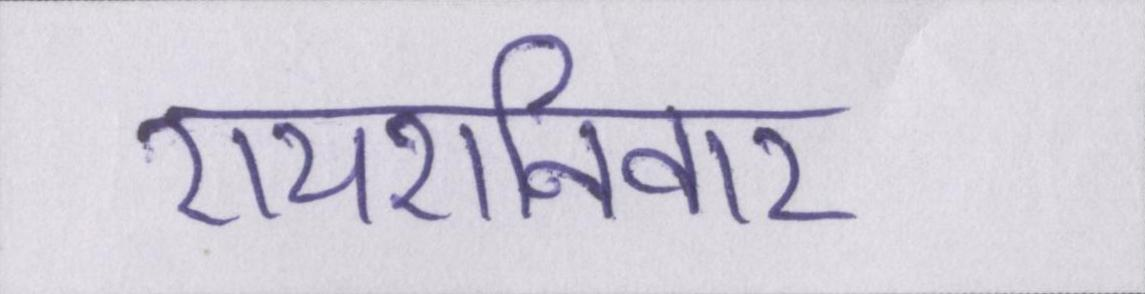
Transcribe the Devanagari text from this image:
रायशनिवार